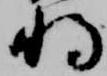
将